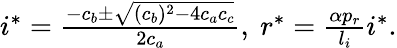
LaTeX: \begin{array}{r}{i^{*}=\frac{-c_{b}\pm\sqrt{(c_{b})^{2}-4c_{a}c_{c}}}{2c_{a}},\ r^{*}=\frac{\alpha p_{r}}{l_{i}}i^{*}.}\end{array}